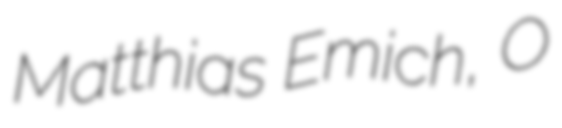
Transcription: Matthias Emich, O